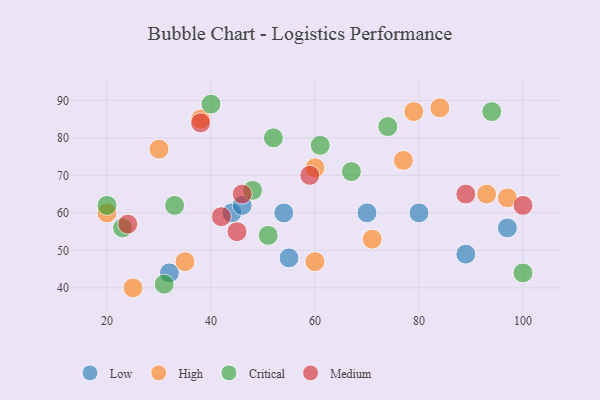
{"axis": {"x": "GDP", "y": "Life Expectancy"}, "legend": ["Critical", "High", "Low", "Medium"], "data": [{"x": "55", "y": 48, "type": "Low"}, {"x": "97", "y": 56, "type": "Low"}, {"x": "54", "y": 60, "type": "Low"}, {"x": "80", "y": 60, "type": "Low"}, {"x": "44", "y": 60, "type": "Low"}, {"x": "32", "y": 44, "type": "Low"}, {"x": "89", "y": 49, "type": "Low"}, {"x": "70", "y": 60, "type": "Low"}, {"x": "46", "y": 62, "type": "Low"}, {"x": "71", "y": 53, "type": "High"}, {"x": "25", "y": 40, "type": "High"}, {"x": "93", "y": 65, "type": "High"}, {"x": "84", "y": 88, "type": "High"}, {"x": "77", "y": 74, "type": "High"}, {"x": "30", "y": 77, "type": "High"}, {"x": "97", "y": 64, "type": "High"}, {"x": "79", "y": 87, "type": "High"}, {"x": "60", "y": 72, "type": "High"}, {"x": "35", "y": 47, "type": "High"}, {"x": "60", "y": 47, "type": "High"}, {"x": "20", "y": 60, "type": "High"}, {"x": "38", "y": 85, "type": "High"}, {"x": "94", "y": 87, "type": "Critical"}, {"x": "33", "y": 62, "type": "Critical"}, {"x": "48", "y": 66, "type": "Critical"}, {"x": "51", "y": 54, "type": "Critical"}, {"x": "31", "y": 41, "type": "Critical"}, {"x": "40", "y": 89, "type": "Critical"}, {"x": "100", "y": 44, "type": "Critical"}, {"x": "61", "y": 78, "type": "Critical"}, {"x": "67", "y": 71, "type": "Critical"}, {"x": "20", "y": 62, "type": "Critical"}, {"x": "52", "y": 80, "type": "Critical"}, {"x": "74", "y": 83, "type": "Critical"}, {"x": "23", "y": 56, "type": "Critical"}, {"x": "46", "y": 65, "type": "Medium"}, {"x": "59", "y": 70, "type": "Medium"}, {"x": "42", "y": 59, "type": "Medium"}, {"x": "100", "y": 62, "type": "Medium"}, {"x": "45", "y": 55, "type": "Medium"}, {"x": "89", "y": 65, "type": "Medium"}, {"x": "24", "y": 57, "type": "Medium"}, {"x": "38", "y": 84, "type": "Medium"}]}